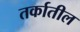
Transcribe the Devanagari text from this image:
तर्कातील